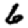
Digit: 6